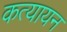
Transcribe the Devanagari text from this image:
कत्यायन